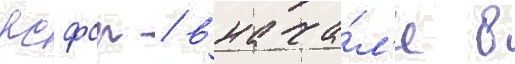
рсфср / внача́л'е в